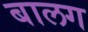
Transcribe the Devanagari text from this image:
बालग